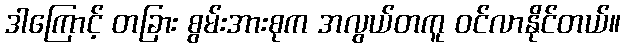
ဒါကြောင့် တခြား စွမ်းအားစုက အလွယ်တကူ ဝင်လာနိုင်တယ်။